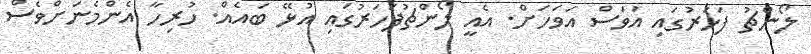
ލޯންޗު ފަހަރުގައި އަވަސް އަވަހަށް. އެއީ ލޯންޗުފަހަރުގައި އުޅޭ ބައެއް. ހުރިހާ އެންމެނަށްވެސް